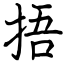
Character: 捂